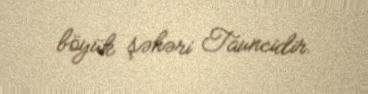
böyük şəhəri Tauncidir.